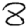
Digit: 8